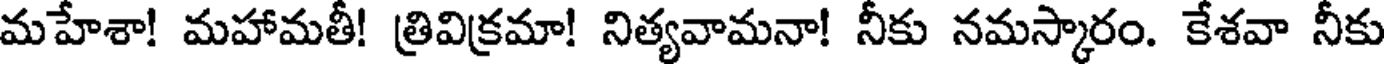
మహేశా! మహామతీ! త్రివిక్రమా! నిత్యవామనా! నీకు నమస్కారం. కేశవా నీకు